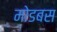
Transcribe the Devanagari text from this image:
मोडबस